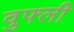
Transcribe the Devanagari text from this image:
वुफ्ली